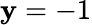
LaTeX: \mathbf{y}=-1